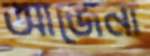
আজেনা